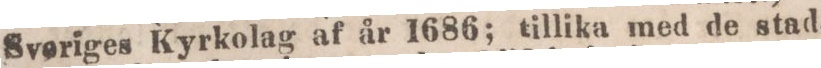
Sveriges Kyrkolag af år 1686; tillika med de stad-